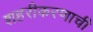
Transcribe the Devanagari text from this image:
शहरीकरणाची